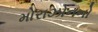
મોરાઝોનનો